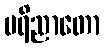
ပရိညာတော